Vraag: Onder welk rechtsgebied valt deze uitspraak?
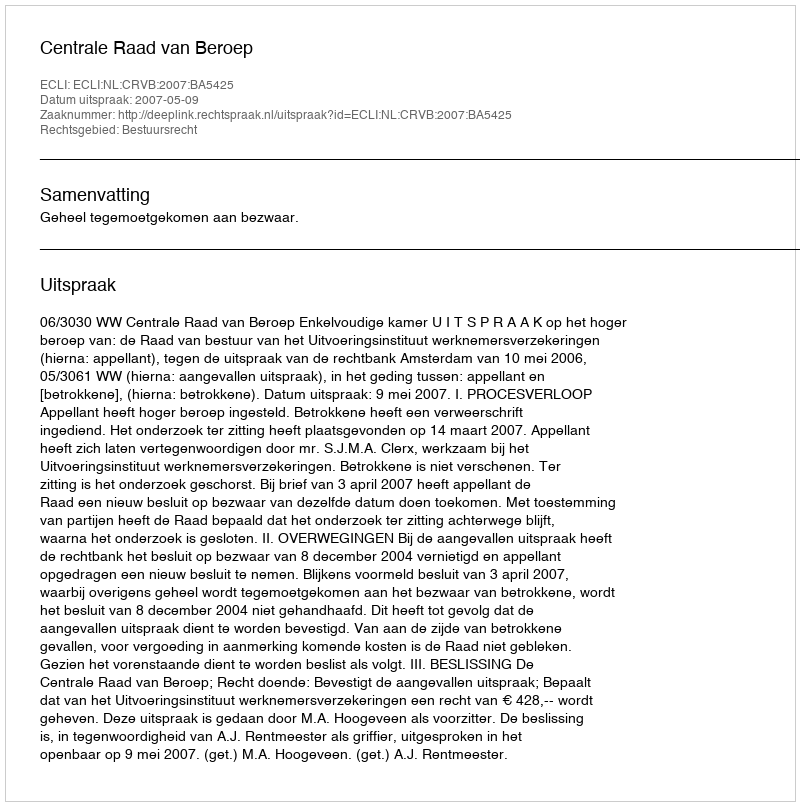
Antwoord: Bestuursrecht